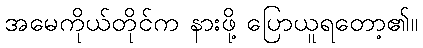
အမေကိုယ်တိုင်က နားဖို့ ပြောယူရတော့၏။